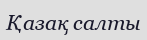
Қазақ салты